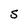
Character: S